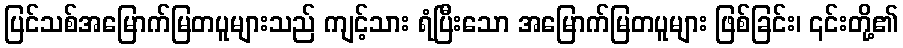
ပြင်သစ်အမြောက်မြတပူများသည် ကျင့်သား ရံပြီးသော အမြောက်မြတပူများ ဖြစ်ခြင်း၊ ၎င်းတို့၏